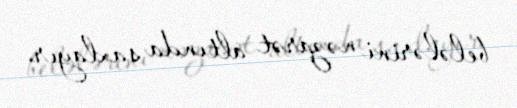
belələrini nəzarət altında saxlayır.